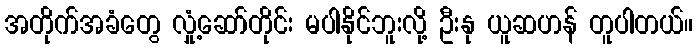
အတိုက်အခံတွေ လှုံ့ဆော်တိုင်း မပါနိုင်ဘူးလို့ ဦးနု ယူဆဟန် တူပါတယ်။